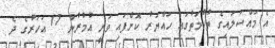
އެ މައްސަލައިގެ ތުހުމަތުގައި ހައްޔަރު ކޮށްފައި ވަނީ އުމުރުން 17 އަހަރުގެ ދެ